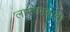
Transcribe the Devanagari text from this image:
लाम्हणबाबा